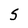
Character: S